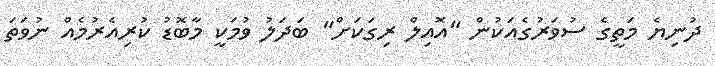
ދުނިޔެ މަތީގެ ސުވަރުގެއަކުން "އޮއިލް ރިގަކަށް" ބަދަލު ވުމަކީ މާބޮޑު ކުރިއެރުމެއް ނުވަތަ